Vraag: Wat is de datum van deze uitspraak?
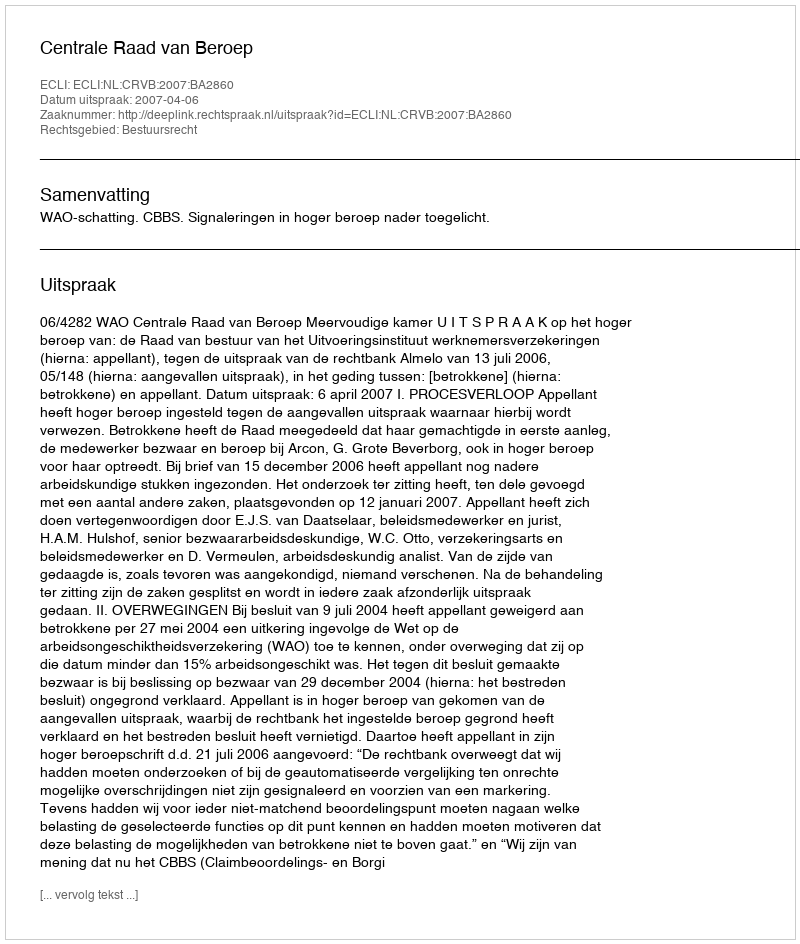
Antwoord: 2007-04-06